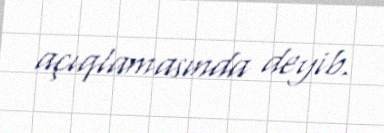
açıqlamasında deyib.